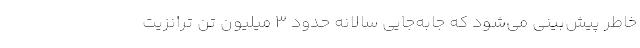
خاطر پیش‌بینی می‌شود که جابه‌جایی سالانه حدود ۳ میلیون تن ترانزیت